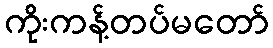
ကိုးကန့်တပ်မတော်